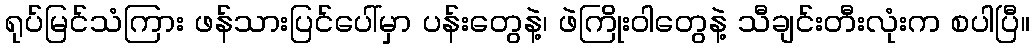
ရုပ်မြင်သံကြား ဖန်သားပြင်ပေါ်မှာ ပန်းတွေနဲ့၊ ဖဲကြိုးဝါတွေနဲ့ သီချင်းတီးလုံးက စပါပြီ။